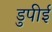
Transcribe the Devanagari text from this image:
डुपीई